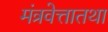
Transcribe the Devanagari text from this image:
मंत्रवेत्तातथा